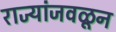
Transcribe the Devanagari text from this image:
राज्यांजवळून